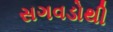
સગવડોથી